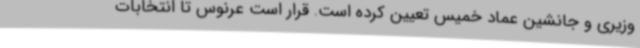
‌وزیری و جانشین عماد خمیس تعیین کرده است. قرار است عرنوس تا انتخابات